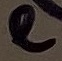
Text: e